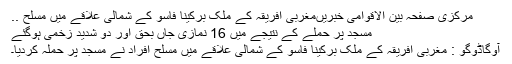
مرکزی صفحہ بین الاقوامی خبریںمغربی افریقہ کے ملک برکینا فاسو کے شمالی علاقے میں مسلح ..
مسجد پر حملے کے نتیجے میں 16 نمازی جاں بحق اور دو شدید زخمی ہوگئے
آوگاڈوگو : مغربی افریقہ کے ملک برکینا فاسو کے شمالی علاقے میں مسلح افراد نے مسجد پر حملہ کردیا۔